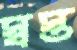
স্বস্ত